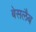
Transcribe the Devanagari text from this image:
बेसलैब